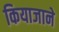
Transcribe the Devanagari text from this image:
कियाजाने